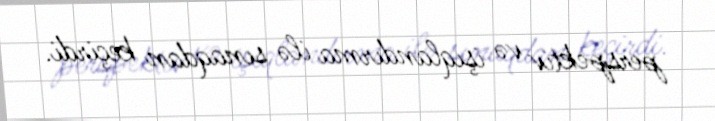
perspektiv və işıqlandırma ilə sınaqdan keçirdi.